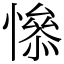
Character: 𢡖